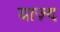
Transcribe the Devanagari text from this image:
याज़्द